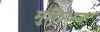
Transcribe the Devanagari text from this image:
मुक्तिधन